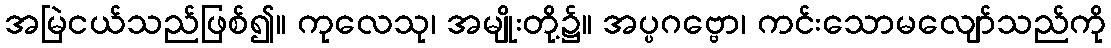
အမြဲငယ်သည်ဖြစ်၍။ ကုလေသု၊ အမျိုးတို့၌။ အပ္ပဂဗ္ဗော၊ ကင်းသောမလျော်သည်ကို